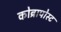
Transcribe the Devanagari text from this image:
कोब्रापोस्ट